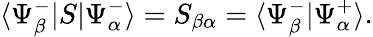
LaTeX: \langle\Psi_{\beta}^{-}|S|\Psi_{\alpha}^{-}\rangle=S_{\beta\alpha}=\langle\Psi_{\beta}^{-}|\Psi_{\alpha}^{+}\rangle.